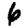
Digit: 6